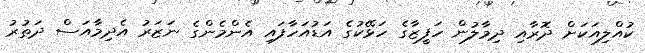
ކުއްލިއަކަށް ދޮރާއި ދިމާލުން ހަފީޒާގެ ހަޅޭކުގެ އަޑުއަހާފައި އެންމެންގެ ނަޒަރު އެދިމާއަސް ދަތުރު